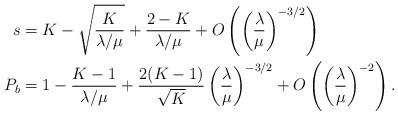
LaTeX: \begin{align*}s &= K - \sqrt{\frac{K}{\lambda/\mu}}+ \frac{2-K}{\lambda/\mu} + O \left(\left(\frac{\lambda}{\mu} \right)^{-3/2} \right) \\P_b &= 1 - \frac{K-1}{\lambda/\mu} + \frac{2(K-1)}{\sqrt{K}}\left(\frac{\lambda}{\mu} \right)^{-3/2} + O \left(\left(\frac{\lambda}{\mu} \right)^{-2} \right).\end{align*}